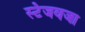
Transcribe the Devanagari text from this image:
स्टेजवजा